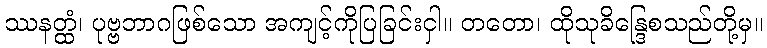
ဿနတ္ထံ၊ ပုဗ္ဗဘာဂဖြစ်သော အကျင့်ကိုပြခြင်းငှါ။ တတော၊ ထိုသုခိန္ဒြေစသည်တို့မှ။